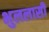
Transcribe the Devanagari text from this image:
भुललासी